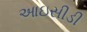
આઇસીડી